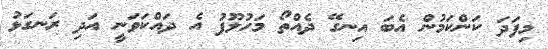
މިފަދަ ކަންކަމުން އެބަ އިނގޭ ދެއްތޯ މަހުލޫފު އެ ދައްކަވަނީ އަދި ރަނގަޅު